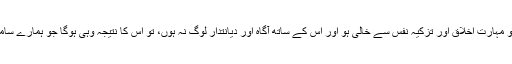
اگر علم و مہارت اخلاق اور تزکیہ نفس سے خالی ہو اور اس کے ساتھ آگاہ اور دیانتدار لوگ نہ ہوں، تو اس کا نتیجہ وہی ہوگا جو ہمارے سامنے ہے۔